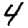
Digit: 4